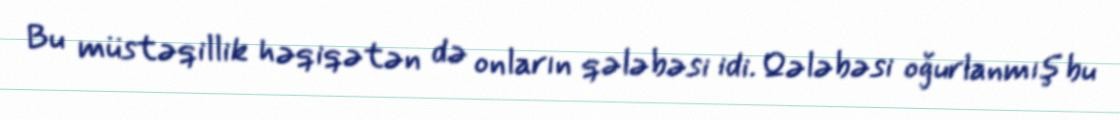
Bu müstəqillik həqiqətən də onların qələbəsi idi. Qələbəsi oğurlanmış bu